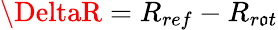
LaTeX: \DeltaR=R_{ref}-R_{r\mathfrak{o}t}